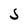
Character: S